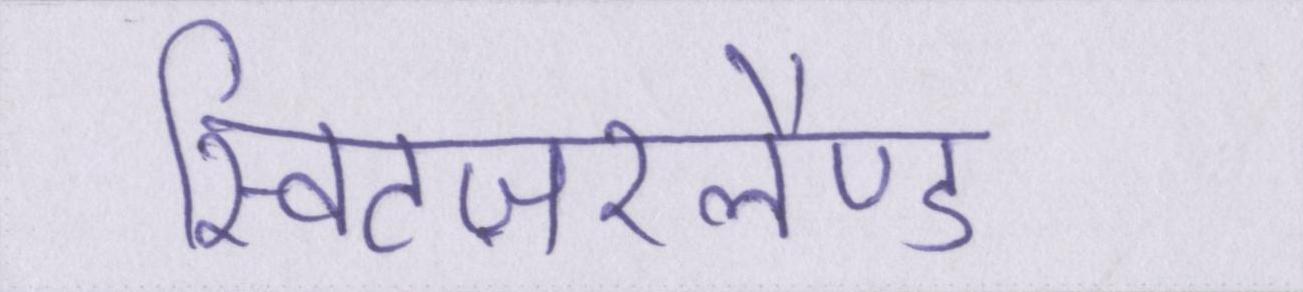
स्विटज़रलैण्ड